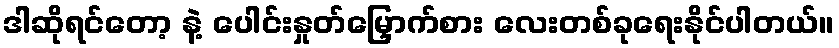
ဒါဆိုရင်တော့ နဲ့ ပေါင်းနှုတ်မြှောက်စား လေးတစ်ခုရေးနိုင်ပါတယ်။